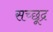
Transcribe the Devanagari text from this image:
सच्छूद्र